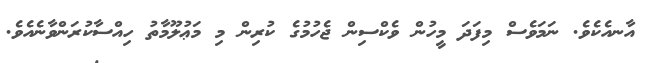
އާނއެކެވެ. ނަމަވެސް މިފަދަ މީހުން ވެކްސިން ޖެހުމުގެ ކުރިން މި މަޢުލޫމާތު ހިއްސާކުރަންވާނެއެވެ.